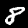
Label: 8